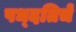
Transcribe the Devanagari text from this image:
पध्दतिचे